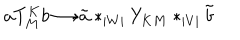
a T _ { M } ^ { K } b { \longrightarrow } { \tilde { a } } * _ { | W | } Y _ { K M } * _ { | V | } { \tilde { b } }